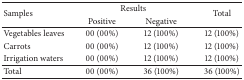
| <ROWSPAN=2> Samples | <COLSPAN=2> Results | <ROWSPAN=2> Total |
 | Positive | Negative |
 | --- | --- | --- | --- |
 | Vegetables leaves | 00 (00%) | 12 (100%) | 12 (100%) |
 | Carrots | 00 (00%) | 12 (100%) | 12 (100%) |
 | Irrigation waters | 00 (00%) | 12 (100%) | 12 (100%) |
 | Total | 00 (00%) | 36 (100%) | 36 (100%) |